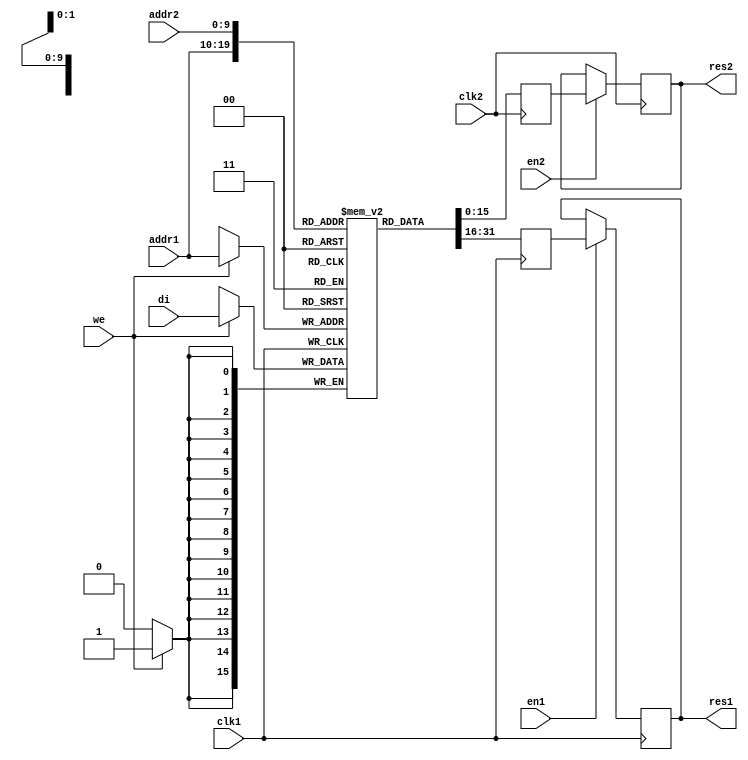
// Block RAM with Optional Output Registers
// File: rams_pipeline

module rams_pipeline (clk1, clk2, we, en1, en2, addr1, addr2, di, res1, res2);
input clk1;
input clk2;
input we, en1, en2;
input [9:0] addr1;
input [9:0] addr2;
input [15:0] di;
output [15:0] res1;
output [15:0] res2;
reg [15:0] res1;
reg [15:0] res2;
reg [15:0] RAM [1023:0];
reg [15:0] do1;
reg [15:0] do2;

always @(posedge clk1)
begin
    if (we == 1'b1)
        RAM[addr1] <= di;
    do1 <= RAM[addr1];
end

always @(posedge clk2)
begin
    do2 <= RAM[addr2];
end

always @(posedge clk1)
begin
    if (en1 == 1'b1)
        res1 <= do1;
end

always @(posedge clk2)
begin
    if (en2 == 1'b1)
        res2 <= do2;
end 
endmodule